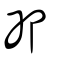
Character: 卬